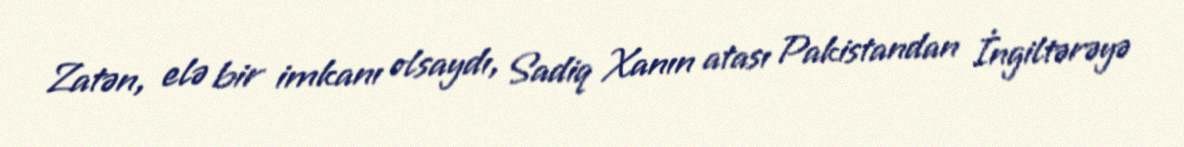
Zatən, elə bir imkanı olsaydı, Sadiq Xanın atası Pakistandan İngiltərəyə